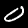
Digit: 0